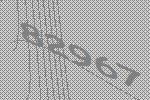
82967